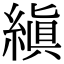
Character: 縝